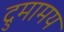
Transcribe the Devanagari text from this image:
द्रुमामय